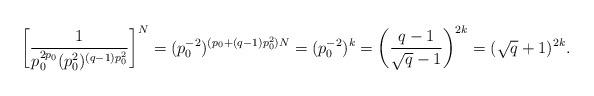
LaTeX: \begin{align*}\left[\frac{1}{p_0^{2p_0}(p_0^2)^{(q-1)p_0^2}}\right]^N=(p_0^{-2})^{(p_0+(q-1)p_0^2)N}=(p_0^{-2})^k=\left(\frac{q-1}{\sqrt{q}-1}\right)^{2k}=(\sqrt{q}+1)^{2k}.\end{align*}